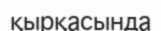
қырқасында